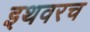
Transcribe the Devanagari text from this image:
इथवरच